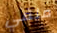
ملفي